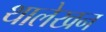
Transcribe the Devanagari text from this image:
थालेखन